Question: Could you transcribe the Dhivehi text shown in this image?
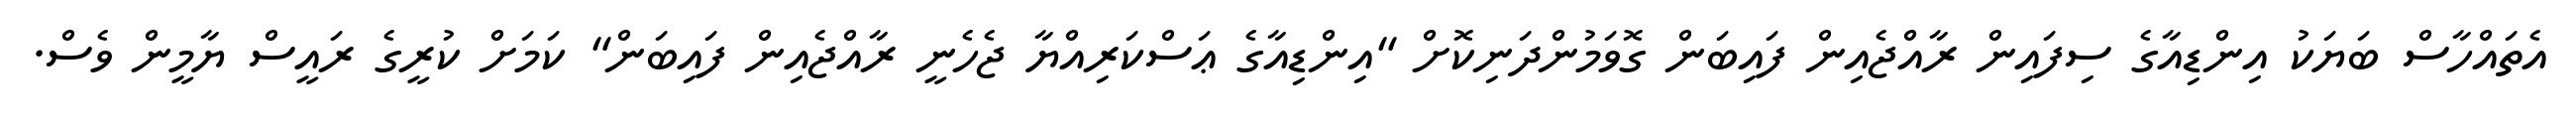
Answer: އެތައްހާސް ބަޔަކު އިންޑިއާގެ ސިފައިން ރާއްޖެއިން ފައިބަން ގޮވަމުންދަނިކޮށް "އިންޑިއާގެ ޢަސްކަރިއްޔާ ޖެހެނީ ރާއްޖެއިން ފައިބަން" ކަމަށް ކުރީގެ ރައީސް ޔާމީން ވެސް.